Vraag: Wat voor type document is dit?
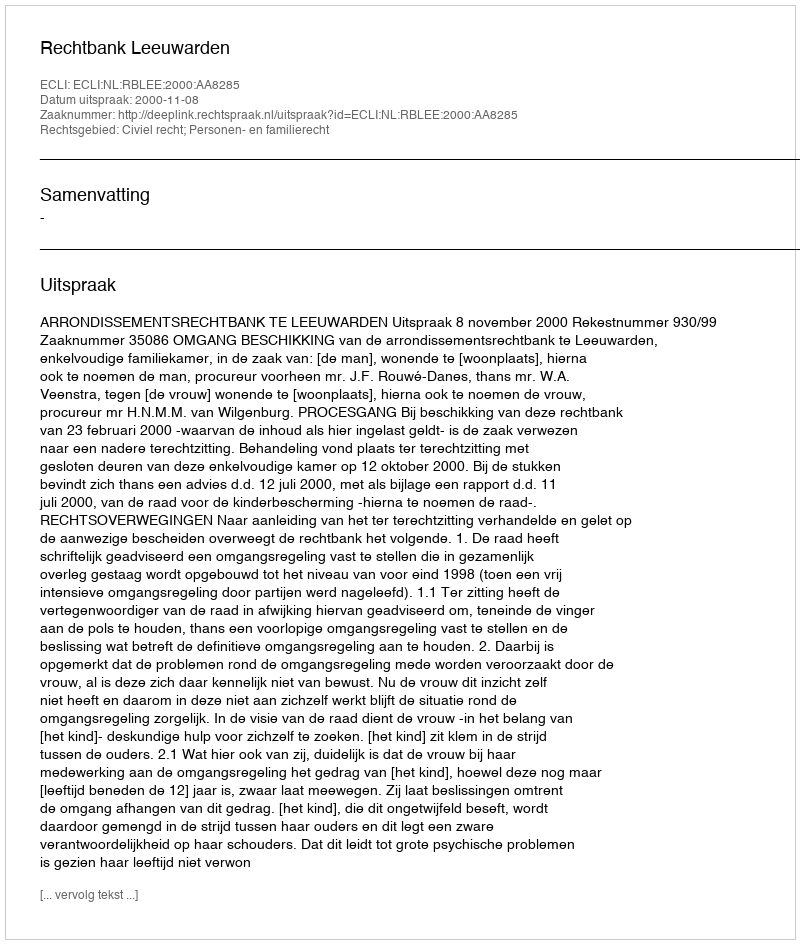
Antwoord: Uitspraak